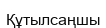
Құтылсаңшы